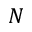
N